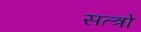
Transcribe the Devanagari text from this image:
सत्त्रो